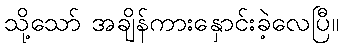
သို့သော် အချိန်ကားနှောင်းခဲ့လေပြီ။